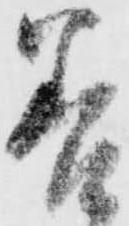
善